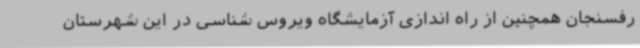
رفسنجان همچنین از راه اندازی آزمایشگاه ویروس شناسی در این شهرستان